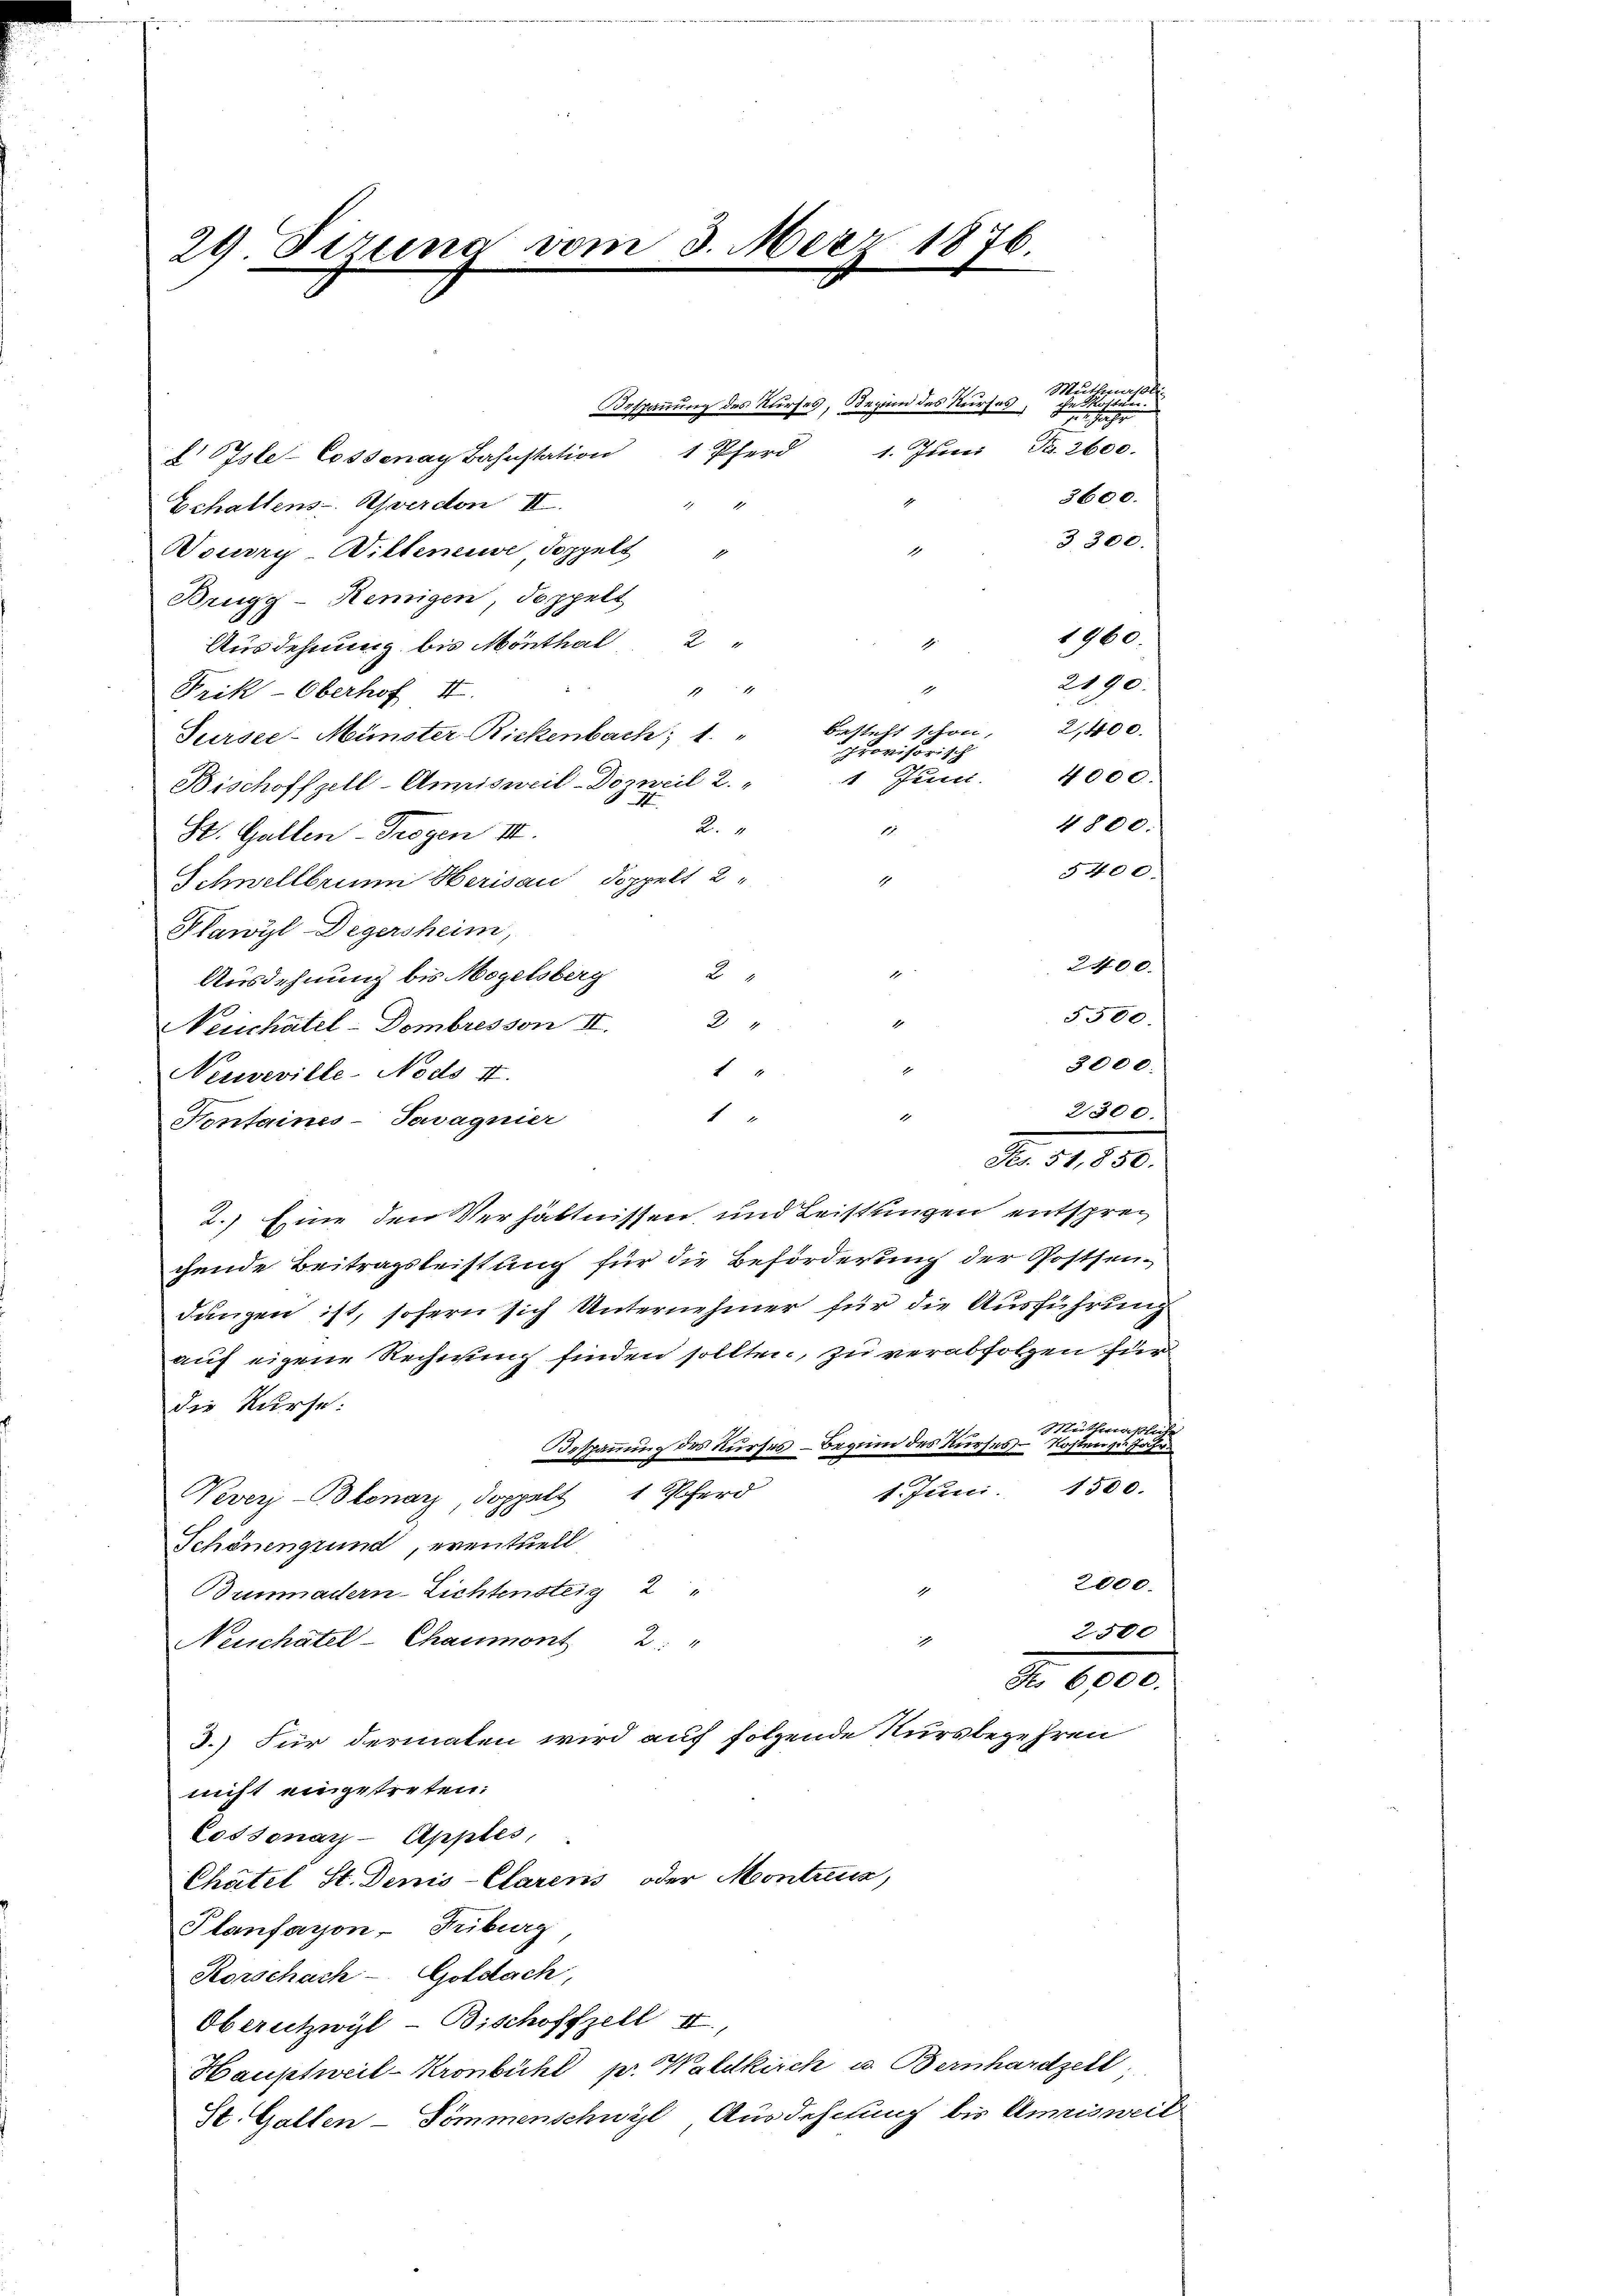
29 Firung vom 3. Meer 1876.
b
.
e

Bespannung des Kurses, Beginn des Kurses,
 Psle- Cossonay Bahnstation 1 Pferd
1
Echaltens- Averdon II
Douvry-Willeneuve doppelt
Brugg-Remigen, doppelt
1
Ausdehnung bis Mönthal 2 "
2
.
Frik-Oberhof II.
Sursee-Münster Rickenbach; 1 "
provisorisch
1 Juni.
Bischoffzell-Amnisweil-Doznil 2
2.
1
St. Gallen - Trogen III.
Schnellbrunn Herisau doppelt 2
1
Plawyl Degersheim,
¬
Ausdehnung bis Mogelsberg 2 "
24
1
Neuchatel-Dombres son II.
h

Neuveville-Nods II.
1
1
Fontaines-Savagnier
2.) Eine den Verhältnissen und Leistungen entsprechende Beitragsleistung für die Beförderung der Postsen-
dangen ist, sofern sich Unternehmer für die Ausführung
auf eigene Rechnung finden sollten, zu verabfolgen für
die Kurse:
Muthmaßlich
Bespannung des Kurses Beginn des Kurses - Kosten zu Jahr
1. Juni. 1500.
Vever-Bolonar doppelt 1 Pferd
Schönengrund, eventuell
2000.
1
Bunmadern-Lichtensteig 2 "
2500
1
Neuschatel-Chaumont 2: "
Nr. 6000.
3.) Für dermalen wird auf folgende Kursbegehren
nicht eingetreten:
Cossonar-Apples,
Chatel St. Denis-Clarens oder Montreux,
Planfayon-Freiburg
Rorschach - Goldach,
Oberutzwyl-Bischoffzell II.,
Hauptweil - Kronbühl pr. Waldkirch u. Bernhardzeit,
St. Gallen-Pommenschwyl Ausdehnung bis Amisweil

Mutterst
öste
f

1. Juni, No. 2600.
2190.
besteht schon, 2,400.
4000.
4800.
5400.
2400.
5500.
3000.
21300.

No. 31. 820.

3600.
3300.

1960.